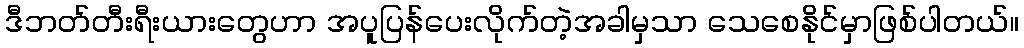
ဒီဘတ်တီးရီးယားတွေဟာ အပူပြန်ပေးလိုက်တဲ့အခါမှသာ သေစေနိုင်မှာဖြစ်ပါတယ်။